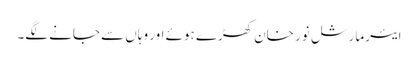
ایئرمارشل نور خان کھڑے ہوئے اور وہاں سے جانے لگے۔